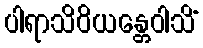
ပါရာသိဝိယန္တေဝါသိံ